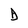
Character: D